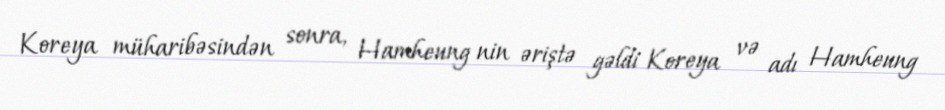
Koreya müharibəsindən sonra, Hamheung nin əriştə gəldi Koreya və adı Hamheung